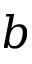
b